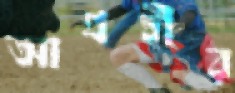
আগ্রহীর